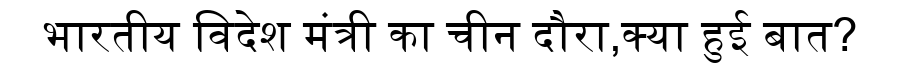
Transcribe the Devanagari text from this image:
भारतीय विदेश मंत्री का चीन दौरा,क्या हुई बात?